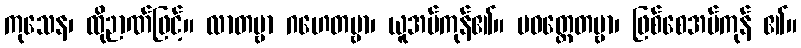
ကုသေန၊ ထိုဉာဏ်ဖြင့်။ လာတဗ္ဗာ ဂဟေတဗ္ဗာ၊ ယူအပ်ကုန်၏။ ပဝတ္တေတဗ္ဗာ၊ ဖြစ်စေအပ်ကုန် ၏။